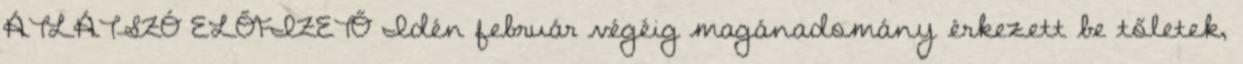
ÁTLÁTSZÓ ELŐFIZETŐ Idén február végéig magánadomány érkezett be tőletek,